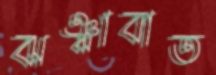
ঝঞ্ঝাবাত